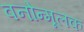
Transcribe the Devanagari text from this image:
वनोन्मूलक